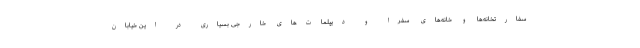
سفارتخانه‌ها و خانه‌های سفرا و دیپلمات‌های خارجی بسیاری در این خیابان